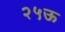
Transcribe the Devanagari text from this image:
२५ऊ